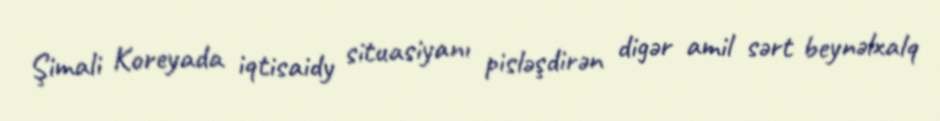
Şimali Koreyada iqtisaidy situasiyanı pisləşdirən digər amil sərt beynəlxalq